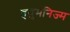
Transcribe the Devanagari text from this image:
हयुमनिज्म